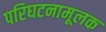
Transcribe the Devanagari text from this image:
परिघटनामूलक